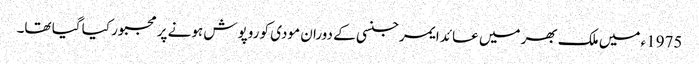
1975ء میں ملک بھر میں عائد ایمرجنسی کے دوران مودی کو روپوش ہونے پر مجبور کیا گیا تھا۔